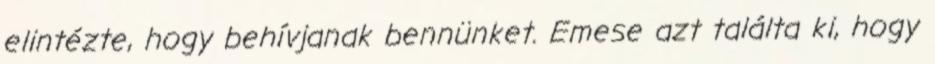
elintézte, hogy behívjanak bennünket. Emese azt találta ki, hogy